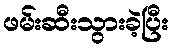
ဖမ်းဆီးသွားခဲ့ပြီး